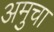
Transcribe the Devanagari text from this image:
अमुचा